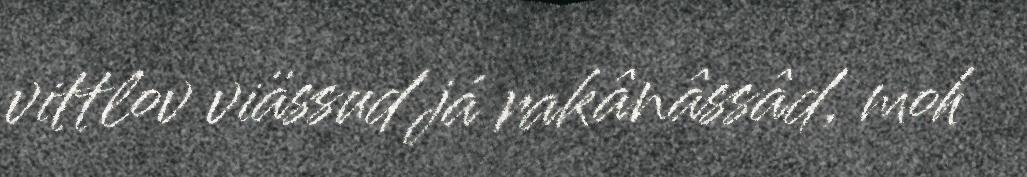
vittlov viässud já rakânâssâd, moh